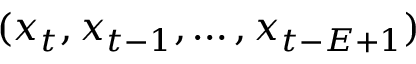
( x _ { t } , x _ { t - 1 } , \ldots , x _ { t - E + 1 } )